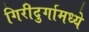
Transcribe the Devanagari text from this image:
गिरीदुर्गामध्ये